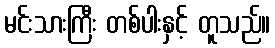
မင်းသားကြီး တစ်ပါးနှင့် တူသည်။